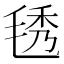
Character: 𣮁